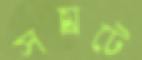
সম্রাটে